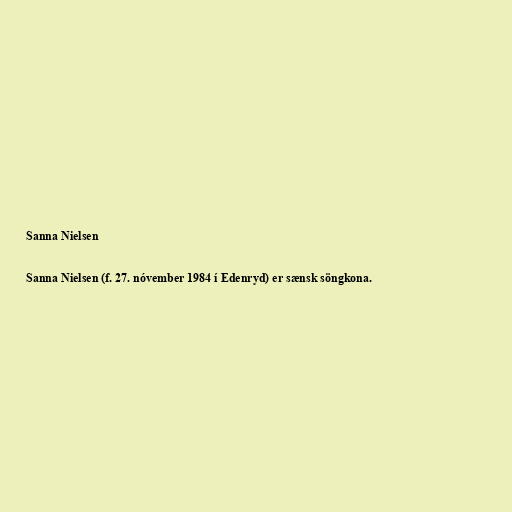
Sanna Nielsen

Sanna Nielsen (f. 27. nóvember 1984 í Edenryd) er sænsk söngkona.